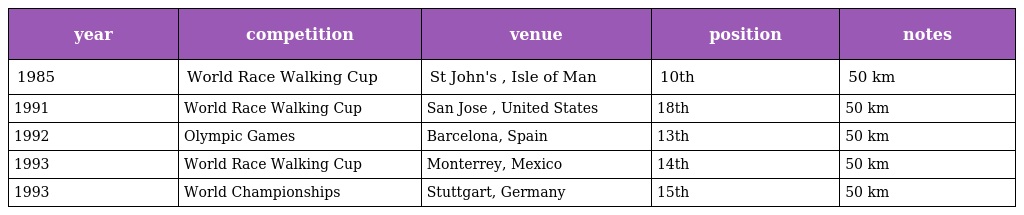
| year | competition | venue | position | notes |
 | --- | --- | --- | --- | --- |
 | 1985 | World Race Walking Cup | St John's , Isle of Man | 10th | 50 km |
 | 1991 | World Race Walking Cup | San Jose , United States | 18th | 50 km |
 | 1992 | Olympic Games | Barcelona, Spain | 13th | 50 km |
 | 1993 | World Race Walking Cup | Monterrey, Mexico | 14th | 50 km |
 | 1993 | World Championships | Stuttgart, Germany | 15th | 50 km |